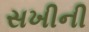
સખીની